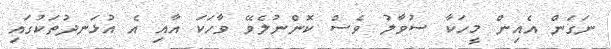
ނަގަން އެއިން މީހަކާ ސުވާލު ވެސް ކޮންނުލެވޭ ވާހަކަ އާއި އެ އުޅަނދުތަކުގައި